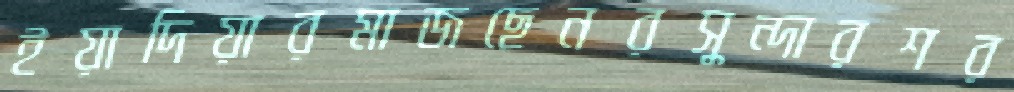
ইয়াদিয়ারমাজছেনরসুন্দারশর